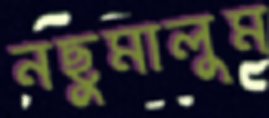
নছুমালুম